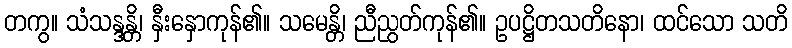
တကွ။ သံသန္ဒန္တိ၊ နှီးနှောကုန်၏။ သမေန္တိ၊ ညီညွတ်ကုန်၏။ ဥပဋ္ဌိတသတိနော၊ ထင်သော သတိ